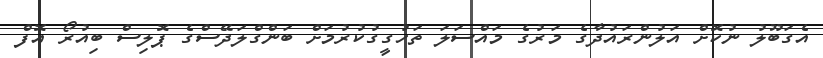
އެގަބޫލު ނުކޮށް އަލުންރައުދާގެ މަރުގެ މައްސަލަ ތަހުގީގުކުރުމަށް ބަންގްލަދޭސްގެ ޕޮލިސް ބިއުރޯ އޮފް